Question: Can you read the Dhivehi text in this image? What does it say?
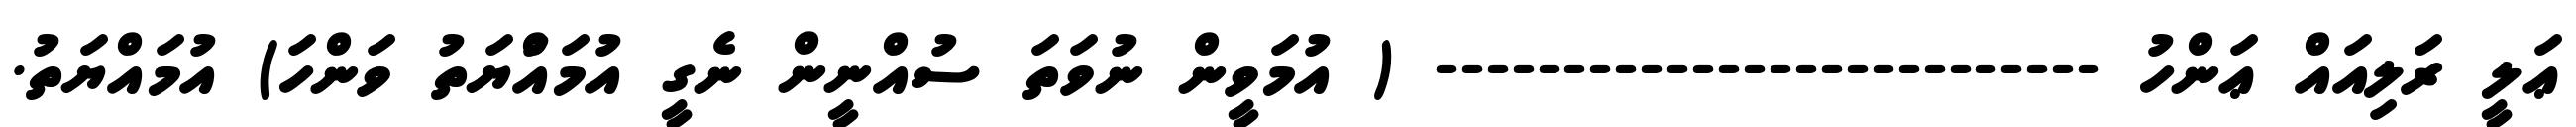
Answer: ޢަލީ ރަލިއައް ޢަންހު -------------------------- ( އުމަވީން ނުވަތަ ސުއްނީން ނެގީ އުމައްުޔަތު ވަންހަ) އުމައްޔަތު.